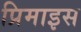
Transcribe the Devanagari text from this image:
प्रिमाइस